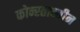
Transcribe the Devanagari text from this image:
कोन्स्तान्तीन